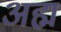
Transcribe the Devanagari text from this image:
अह्म